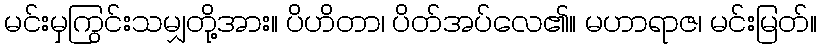
မင်းမှကြွင်းသမျှတို့အား။ ပိဟိတာ၊ ပိတ်အပ်လေ၏။ မဟာရာဇ၊ မင်းမြတ်။